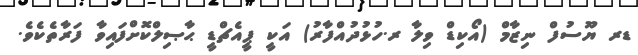
ޑރ ޔޫސުފް ނިޒާމް (އޯކިޑް ވިލާ ރ.ހުޅުދުއްފާރު) އަކީ ޕީއެޗްޑީ ޙާޞިލްކޮށްފައިވާ ފަރާތެކެވެ.